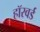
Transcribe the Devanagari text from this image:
हॉरवर्ड